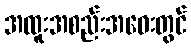
အထူးအစည်းအဝေးတွင်